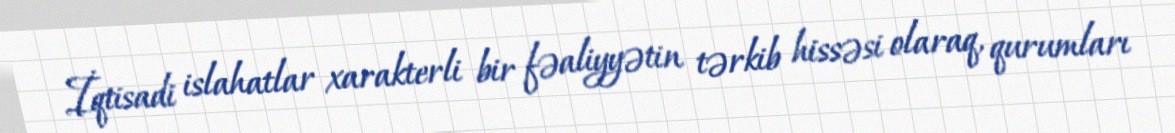
İqtisadi islahatlar xarakterli bir fəaliyyətin tərkib hissəsi olaraq, qurumları